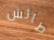
طائش